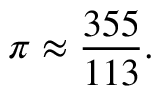
\pi \approx { \frac { 3 5 5 } { 1 1 3 } } .